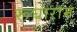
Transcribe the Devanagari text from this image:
रूघाराम